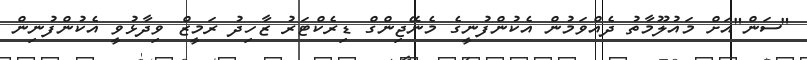
"ސަން"އަށް މައުލޫމާތު ދެއްވަމުން އެކުންފުނީގެ މެނޭޖިންގް ޑިރެކްޓަރު ޒާހިދު ރަމީޒް ވިދާޅުވީ އެކުންފުނިން